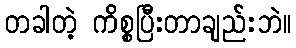
တခါတဲ့ ကိစ္စပြီးတာချည်းဘဲ။